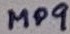
Text: MP9